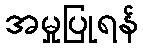
အမှုပြုရန်